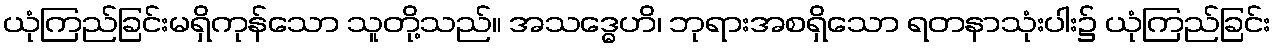
ယုံကြည်ခြင်းမရှိကုန်သော သူတို့သည်။ အသဒ္ဓေဟိ၊ ဘုရားအစရှိသော ရတနာသုံးပါး၌ ယုံကြည်ခြင်း